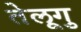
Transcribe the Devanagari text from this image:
तेलूगु